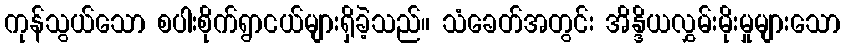
ကုန်သွယ်သော စပါးစိုက်ရွာငယ်များရှိခဲ့သည်။ သံခေတ်အတွင်း အိန္ဒိယလွှမ်းမိုးမှုများသော